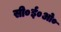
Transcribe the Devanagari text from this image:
सी०ई०ओ०